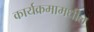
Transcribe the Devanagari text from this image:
कार्यक्रमामधील